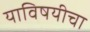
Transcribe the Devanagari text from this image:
याविषयीचा